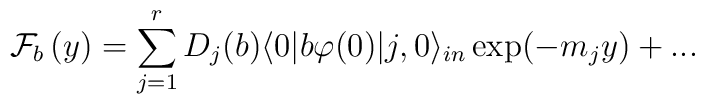
\mathcal{F}_{b}\left( y\right) =\sum_{j=1}^{r}D_{j}(b)\langle 0|b\varphi(0)|j,0\rangle _{in}\exp (-m_{j}y)+...